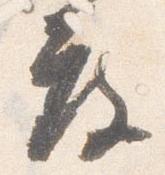
度